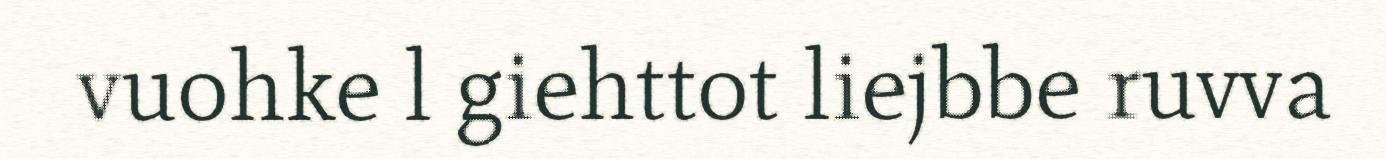
vuohke l giehttot liejbbe ruvva